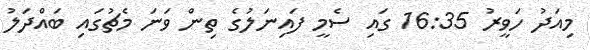
މިއަދު ހަވީރު 16:35 ގައި ސެމީ ފައިނަލުގެ ތިން ވަނަ މެޗުގައި ބައްދަލު